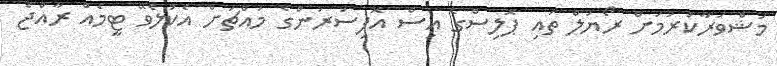
މަޝްވަރާކުރުމަށް ރޯޔަލް ތައި ޕޮލިސްގެ އިސް އޮފިސަރުންގެ މައްޗަށް އެކުލެވޭ ޓީމެއް ރާއްޖެ